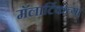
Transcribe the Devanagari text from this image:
मॅलार्टिकच्या